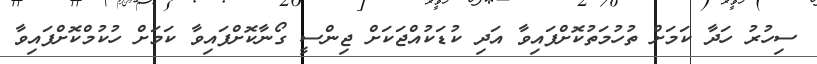
ސިހުރު ހަދާ ކަމަށް ތުހުމަތުކޮށްފައިވާ އަދި ކުޑަކުއްޖަކަށް ޖިންސީ ގޯނާކޮށްފައިވާ ކަމަށް ހުކުމްކޮށްފައިވާ